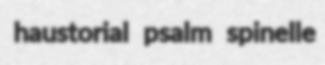
haustorial psalm spinelle